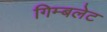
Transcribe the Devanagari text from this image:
गिम्बलेट